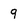
Character: 9